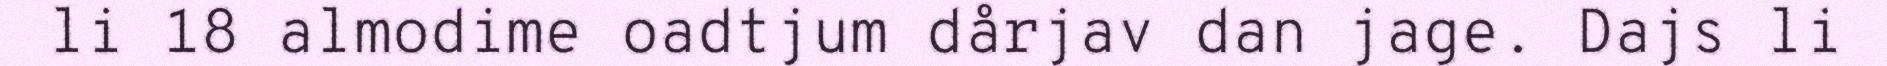
li 18 almodime oadtjum dårjav dan jage. Dajs li